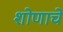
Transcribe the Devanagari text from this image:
शोणाचे